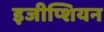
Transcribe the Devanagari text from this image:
इजीप्शियन